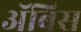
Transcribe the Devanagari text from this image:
ॲबिस